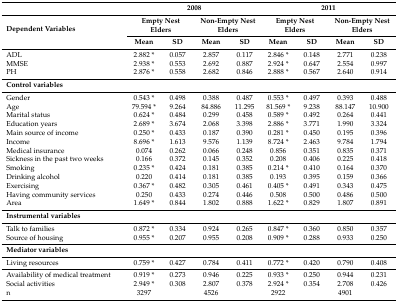
<table><thead><tr><td></td><td colspan="4"><b>2008</b></td><td colspan="4"><b>2011</b></td></tr><tr><td rowspan="2"><b>Dependent Variables</b></td><td colspan="2"><b>Empty Nest Elders</b></td><td colspan="2"><b>Non-Empty Nest Elders</b></td><td colspan="2"><b>Empty Nest Elders</b></td><td colspan="2"><b>Non-Empty Nest Elders</b></td></tr><tr><td><b>Mean</b></td><td><b>SD</b></td><td><b>Mean</b></td><td><b>SD</b></td><td><b>Mean</b></td><td><b>SD</b></td><td><b>Mean</b></td><td><b>SD</b></td></tr></thead><tbody><tr><td>ADL</td><td>2.882 *</td><td>0.057</td><td>2.857</td><td>0.117</td><td>2.846 *</td><td>0.148</td><td>2.771</td><td>0.238</td></tr><tr><td>MMSE</td><td>2.938 *</td><td>0.553</td><td>2.692</td><td>0.887</td><td>2.924 *</td><td>0.647</td><td>2.554</td><td>0.997</td></tr><tr><td>PH</td><td>2.876 *</td><td>0.558</td><td>2.682</td><td>0.846</td><td>2.888 *</td><td>0.567</td><td>2.640</td><td>0.914</td></tr><tr><td><b>Control variables</b></td><td></td><td></td><td></td><td></td><td></td><td></td><td></td><td></td></tr><tr><td>Gender</td><td>0.543 *</td><td>0.498</td><td>0.388</td><td>0.487</td><td>0.553 *</td><td>0.497</td><td>0.393</td><td>0.488</td></tr><tr><td>Age</td><td>79.594 *</td><td>9.264</td><td>84.886</td><td>11.295</td><td>81.569 *</td><td>9.238</td><td>88.147</td><td>10.900</td></tr><tr><td>Marital status</td><td>0.624 *</td><td>0.484</td><td>0.299</td><td>0.458</td><td>0.589 *</td><td>0.492</td><td>0.264</td><td>0.441</td></tr><tr><td>Education years</td><td>2.689 *</td><td>3.674</td><td>2.068</td><td>3.398</td><td>2.886 *</td><td>3.771</td><td>1.990</td><td>3.324</td></tr><tr><td>Main source of income</td><td>0.250 *</td><td>0.433</td><td>0.187</td><td>0.390</td><td>0.281 *</td><td>0.450</td><td>0.195</td><td>0.396</td></tr><tr><td>Income</td><td>8.696 *</td><td>1.613</td><td>9.576</td><td>1.139</td><td>8.724 *</td><td>2.463</td><td>9.784</td><td>1.794</td></tr><tr><td>Medical insurance</td><td>0.074</td><td>0.262</td><td>0.066</td><td>0.248</td><td>0.856</td><td>0.351</td><td>0.835</td><td>0.371</td></tr><tr><td>Sickness in the past two weeks</td><td>0.166</td><td>0.372</td><td>0.145</td><td>0.352</td><td>0.208</td><td>0.406</td><td>0.225</td><td>0.418</td></tr><tr><td>Smoking</td><td>0.235 *</td><td>0.424</td><td>0.181</td><td>0.385</td><td>0.214 *</td><td>0.410</td><td>0.164</td><td>0.370</td></tr><tr><td>Drinking alcohol</td><td>0.220</td><td>0.414</td><td>0.181</td><td>0.385</td><td>0.193</td><td>0.395</td><td>0.159</td><td>0.366</td></tr><tr><td>Exercising</td><td>0.367 *</td><td>0.482</td><td>0.305</td><td>0.461</td><td>0.405 *</td><td>0.491</td><td>0.343</td><td>0.475</td></tr><tr><td>Having community services</td><td>0.250</td><td>0.433</td><td>0.274</td><td>0.446</td><td>0.508</td><td>0.500</td><td>0.486</td><td>0.500</td></tr><tr><td>Area</td><td>1.649 *</td><td>0.844</td><td>1.802</td><td>0.888</td><td>1.622 *</td><td>0.829</td><td>1.807</td><td>0.891</td></tr><tr><td><b>Instrumental variables</b></td><td></td><td></td><td></td><td></td><td></td><td></td><td></td><td></td></tr><tr><td>Talk to families</td><td>0.872 *</td><td>0.334</td><td>0.924</td><td>0.265</td><td>0.847 *</td><td>0.360</td><td>0.850</td><td>0.357</td></tr><tr><td>Source of housing</td><td>0.955 *</td><td>0.207</td><td>0.955</td><td>0.208</td><td>0.909 *</td><td>0.288</td><td>0.933</td><td>0.250</td></tr><tr><td><b>Mediator variables</b></td><td></td><td></td><td></td><td></td><td></td><td></td><td></td><td></td></tr><tr><td>Living resources</td><td>0.759 *</td><td>0.427</td><td>0.784</td><td>0.411</td><td>0.772 *</td><td>0.420</td><td>0.790</td><td>0.408</td></tr><tr><td>Availability of medical treatment</td><td>0.919 *</td><td>0.273</td><td>0.946</td><td>0.225</td><td>0.933 *</td><td>0.250</td><td>0.944</td><td>0.231</td></tr><tr><td>Social activities</td><td>2.949 *</td><td>0.308</td><td>2.807</td><td>0.378</td><td>2.924 *</td><td>0.354</td><td>2.708</td><td>0.426</td></tr><tr><td>n</td><td>3297</td><td></td><td>4526</td><td></td><td>2922</td><td></td><td>4901</td><td></td></tr></tbody></table>